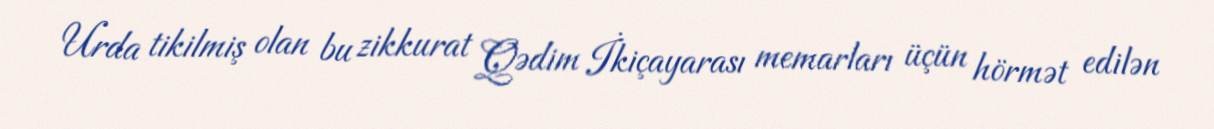
Urda tikilmiş olan bu zikkurat Qədim İkiçayarası memarları üçün hörmət edilən